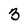
Character: 3